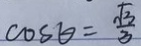
\cos \theta = \frac { \sqrt { 3 } } { 3 }